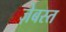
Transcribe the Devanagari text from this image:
ज़ेबस्त